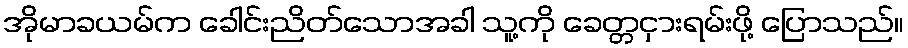
အိုမာခယမ်က ခေါင်းညိတ်သောအခါ သူ့ကို ခေတ္တငှားရမ်းဖို့ ပြောသည်။